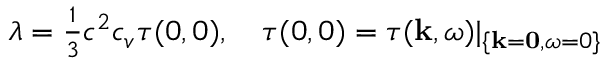
\begin{array} { r } { \lambda = \frac { 1 } { 3 } c ^ { 2 } c _ { v } \tau ( 0 , 0 ) , \quad \tau ( 0 , 0 ) = \tau ( \mathbf k , \omega ) | _ { \{ \mathbf k = \mathbf 0 , \omega = 0 \} } } \end{array}